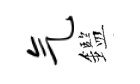
气鑑